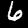
Digit: 6